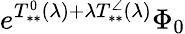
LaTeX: e^{T_{**}^{0}(\lambda)+\lambda T_{**}^{\angle}(\lambda)}\Phi_{0}